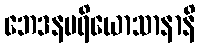
ဘေဒနပရိယောသာနာနိ